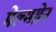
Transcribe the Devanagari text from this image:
मेल्मग्रेन